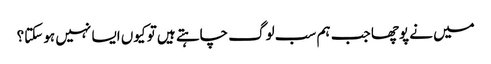
میں نے پوچھا جب ہم سب لوگ چاہتے ہیں تو کیوں ایسا نہیں ہو سکتا؟